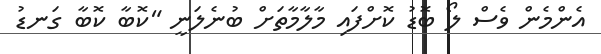
އެންމެން ވެސް ލޯ ބޮޑު ކޮށްފައި މާލާމާތަށް ބުނެލަނީ "ކޮބާ ކޮބާ ގަނޑު